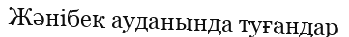
Жәнібек ауданында туғандар